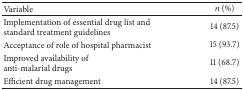
<table><thead><tr><td><b>Variable</b></td><td><b><i>n</i> (%)</b></td></tr></thead><tbody><tr><td>Implementation of essential drug list andstandard treatment guidelines</td><td>14 (87.5)</td></tr><tr><td>Acceptance of role of hospital pharmacist</td><td>15 (93.7)</td></tr><tr><td>Improved availability of anti-malarial drugs </td><td>11 (68.7)</td></tr><tr><td>Efficient drug management</td><td>14 (87.5)</td></tr></tbody></table>